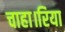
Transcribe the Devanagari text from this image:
चाहा।रिया